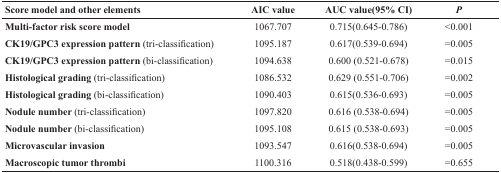
<table><thead><tr><td><b>Score model and other elements</b></td><td><b>AIC value</b></td><td><b>AUC value(95% CI)</b></td><td><b><i>P</i></b></td></tr></thead><tbody><tr><td><b>Multi-factor risk score model</b></td><td>1067.707</td><td>0.715(0.645-0.786)</td><td>&lt;0.001</td></tr><tr><td><b>CK19/GPC3 expression pattern</b> (tri-classification)</td><td>1095.187</td><td>0.617(0.539-0.694)</td><td>=0.005</td></tr><tr><td><b>CK19/GPC3 expression pattern</b> (bi-classification)</td><td>1094.638</td><td>0.600 (0.521-0.678)</td><td>=0.015</td></tr><tr><td><b>Histological grading</b> (tri-classification)</td><td>1086.532</td><td>0.629 (0.551-0.706)</td><td>=0.002</td></tr><tr><td><b>Histological grading</b> (bi-classification)</td><td>1090.403</td><td>0.615(0.536-0.693)</td><td>=0.005</td></tr><tr><td><b>Nodule number</b> (tri-classification)</td><td>1097.820</td><td>0.616 (0.538-0.694)</td><td>=0.005</td></tr><tr><td><b>Nodule number</b> (bi-classification)</td><td>1095.108</td><td>0.615 (0.538-0.693)</td><td>=0.005</td></tr><tr><td><b>Microvascular invasion</b></td><td>1093.547</td><td>0.616(0.538-0.694)</td><td>=0.005</td></tr><tr><td><b>Macroscopic tumor thrombi</b></td><td>1100.316</td><td>0.518(0.438-0.599)</td><td>=0.655</td></tr></tbody></table>